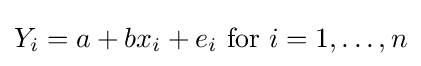
Y_{i}=a+bx_{i}+e_{i}{\text{ for }}i=1,\dots ,n